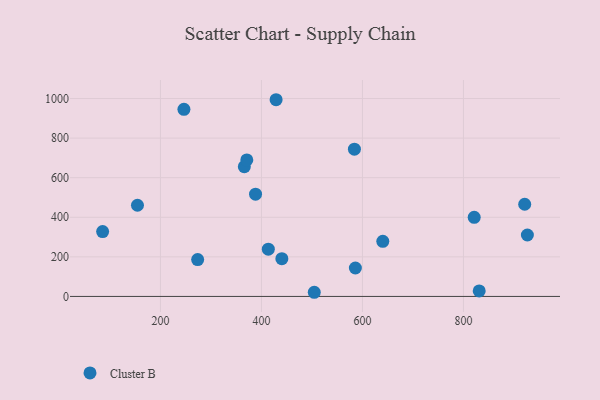
{"axis": {"x": "Experience", "y": "Yield"}, "legend": ["Cluster B"], "data": [{"x": "413.6", "y": 239.0, "type": "Cluster B"}, {"x": "366.1", "y": 655.8, "type": "Cluster B"}, {"x": "921.3", "y": 465.8, "type": "Cluster B"}, {"x": "821.3", "y": 399.8, "type": "Cluster B"}, {"x": "273.7", "y": 186.3, "type": "Cluster B"}, {"x": "586.0", "y": 143.7, "type": "Cluster B"}, {"x": "504.6", "y": 21.0, "type": "Cluster B"}, {"x": "154.5", "y": 460.7, "type": "Cluster B"}, {"x": "584.1", "y": 744.1, "type": "Cluster B"}, {"x": "85.5", "y": 327.9, "type": "Cluster B"}, {"x": "429.0", "y": 993.9, "type": "Cluster B"}, {"x": "246.5", "y": 945.4, "type": "Cluster B"}, {"x": "831.2", "y": 27.9, "type": "Cluster B"}, {"x": "640.3", "y": 278.6, "type": "Cluster B"}, {"x": "371.0", "y": 689.5, "type": "Cluster B"}, {"x": "388.3", "y": 516.6, "type": "Cluster B"}, {"x": "926.6", "y": 310.5, "type": "Cluster B"}, {"x": "440.4", "y": 191.0, "type": "Cluster B"}]}